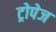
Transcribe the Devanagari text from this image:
ट्रोपेज